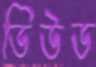
ডিউড